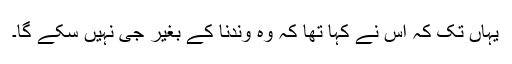
یہاں تک کہ اس نے کہا تھا کہ وہ وندنا کے بغیر جی نہیں سکے گا۔